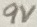
Text: 9V